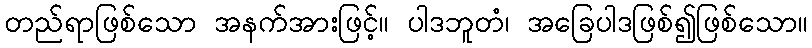
တည်ရာဖြစ်သော အနက်အားဖြင့်။ ပါဒဘူတံ၊ အခြေပါဒဖြစ်၍ဖြစ်သော။